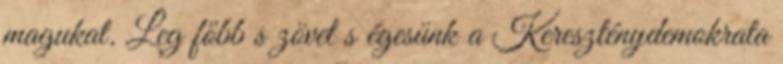
magukat. Leg főbb s zövet s égesünk a Kereszténydemokrata